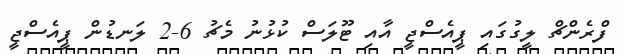
ފްރެންޗް ލީގުގައި ޕީއެސްޖީ އާއި ޓޫލަސް ކުޅުނު މެޗު 6-2 ލަނޑުން ޕީއެސްޖީ